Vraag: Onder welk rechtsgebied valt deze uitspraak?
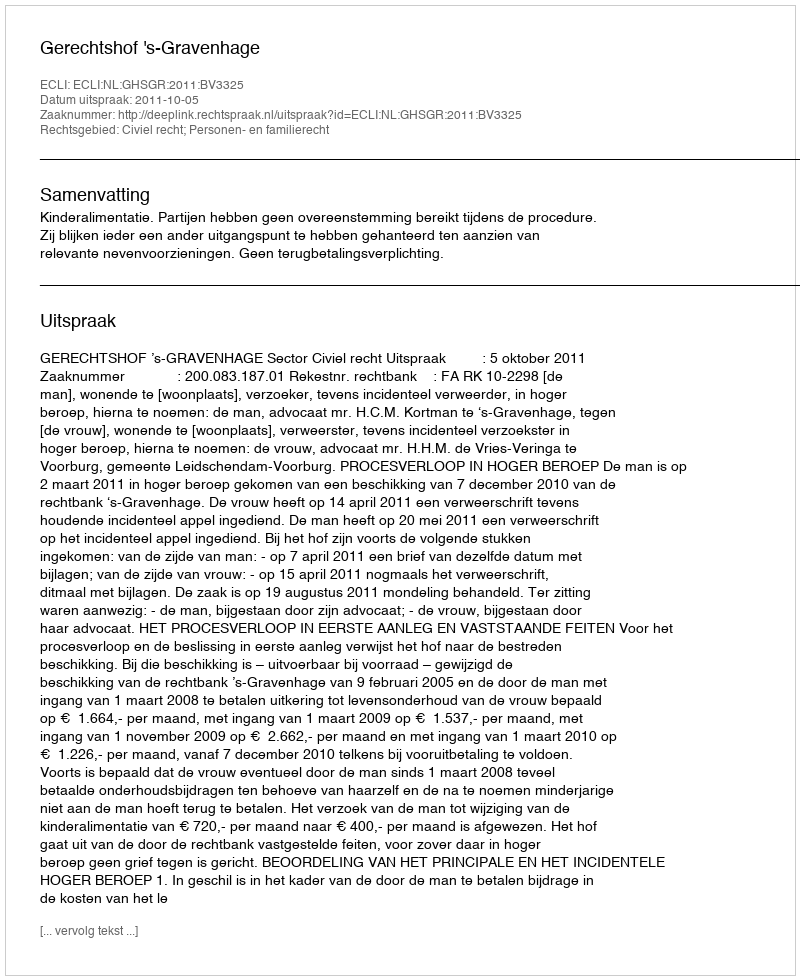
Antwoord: Civiel recht; Personen- en familierecht